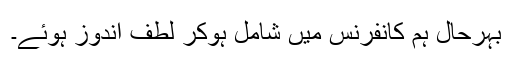
بہرحال ہم کانفرنس میں شامل ہوکر لطف اندوز ہوئے۔